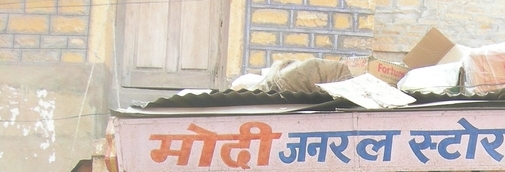
Language: hindi
Transcription: जनरल स्टोर मोदी